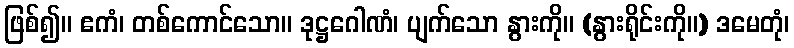
ဖြစ်၍။ ဧကံ၊ တစ်ကောင်သော။ ဒုဋ္ဌဂေါဏံ၊ ပျက်သော နွားကို။ (နွားရိုင်းကို။) ဒမေတုံ၊